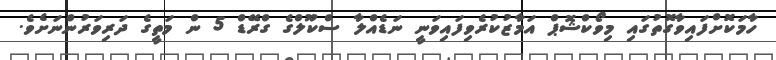
ހާމަކޮށްފައިވާގޮތުގައި މިވޯކްޝޮޕް އަމާޒުކުރެވިފައިވަނީ ނަޑެއްލާ ސްކޫލްގެ ގްރޭޑް 5 ން މަތީގެ ދަރިވަރުންނަށެވެ.